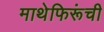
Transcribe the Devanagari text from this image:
माथेफिरूंची